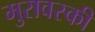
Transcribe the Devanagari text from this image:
मुरावस्की